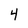
Character: 4